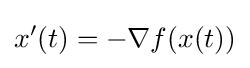
x'(t)=-\nabla f(x(t))